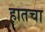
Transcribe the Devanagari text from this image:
हातचा